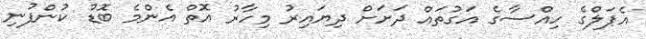
އެޕަލްގެ ހިއްސާގެ އަގުތައް ދަށަށް ދިޔައިރު މިހާރު އޮތް އެންމެ ބޮޑު ކުންފުނި